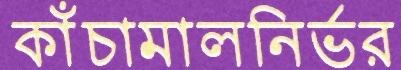
কাঁচামালনির্ভর